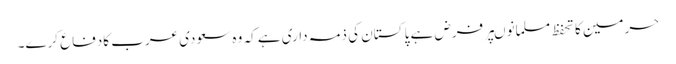
حرمین کا تحفظ مسلمانوںپر فرض ہے پا کستان کی ذمہ داری ہے کہ وہ سعودی عرب کادفاع کرے۔